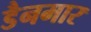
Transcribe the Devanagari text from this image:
डैनमार